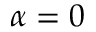
\alpha = 0